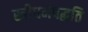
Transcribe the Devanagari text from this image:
स्त्रीधर्मपद्धति